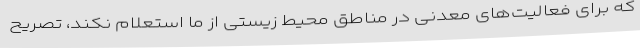
که برای فعالیت‌های معدنی در مناطق محیط زیستی از ما استعلام نکند، تصریح